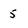
Character: 5